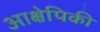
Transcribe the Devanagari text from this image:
आक्षेपिकी